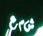
شم